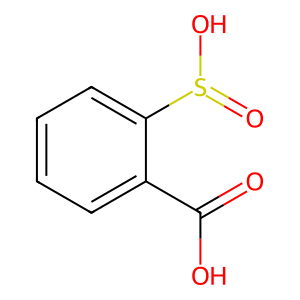
SMILES: O=C(O)c1ccccc1S(=O)O
Inhibits HIV replication: No